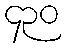
၄၃၀